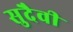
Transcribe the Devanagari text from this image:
सुदैवी